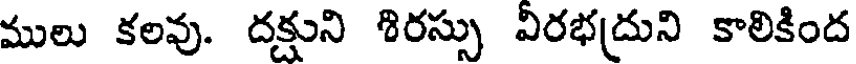
ములు కలవు. దక్షుని శిరస్సు విరభద్రుని కాలికింద